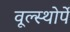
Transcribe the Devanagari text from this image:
वूल्स्थोर्पे